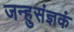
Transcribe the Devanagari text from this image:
जन्हुसंज्ञकं